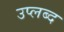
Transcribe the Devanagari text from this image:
उप्लब्द